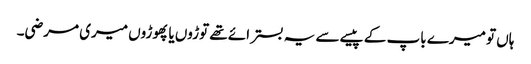
ہاں تو میرے باپ کے پیسے سے یہ بستر ائے تھے توڑوں یا پھوڑوں میری مرضی۔